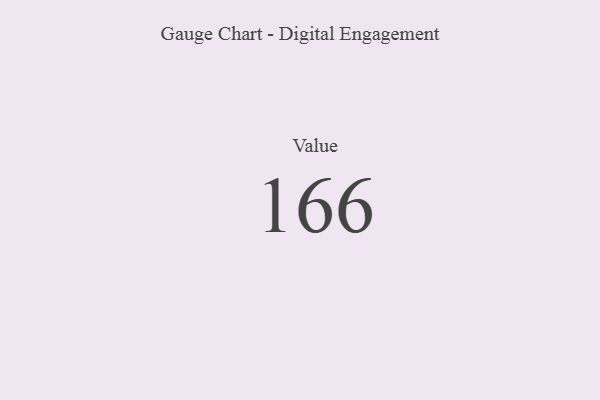
{"axis": {"x": "Metric", "y": "Value"}, "legend": [""], "data": [{"x": "Value", "y": 166, "type": ""}]}